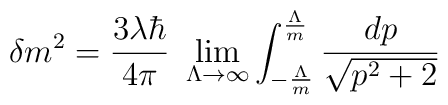
\delta m^2=\frac{3\lambda\hbar}{4\pi}~\lim_{\Lambda\rightarrow\infty}\int_{-\frac{\Lambda}{m}}^{\frac{\Lambda}{m}} \frac{dp}{\sqrt{p^2+2}}